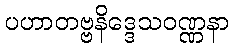
ပဟာတဗ္ဗနိဒ္ဒေသဝဏ္ဏနာ